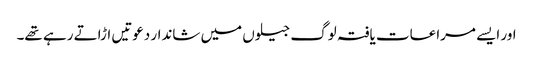
اور ایسے مراعات یافتہ لوگ جیلوں میں شاندار دعوتیں اڑاتے رہے تھے۔